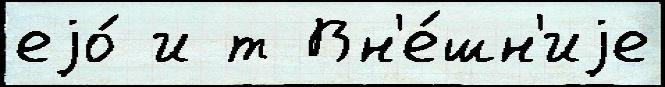
еjо́ и т Вн'е́шн'иjе